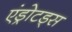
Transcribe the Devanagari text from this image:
एंड्रोटड्स